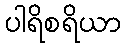
ပါရိစရိယာ